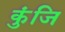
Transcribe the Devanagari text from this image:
कुंजि